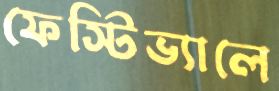
ফেস্টিভ্যালে